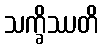
သက္ခိဿတိ